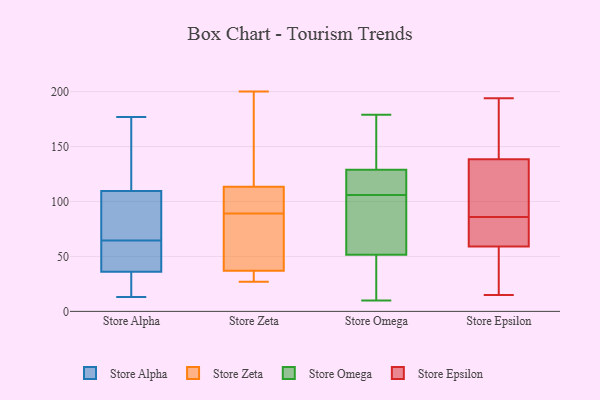
{"axis": {"x": "Net Income (USD K)", "y": "Value"}, "legend": ["Store Alpha", "Store Epsilon", "Store Omega", "Store Zeta"], "data": [{"x": "", "y": 49, "type": "Store Alpha"}, {"x": "", "y": 141, "type": "Store Alpha"}, {"x": "", "y": 104, "type": "Store Alpha"}, {"x": "", "y": 13, "type": "Store Alpha"}, {"x": "", "y": 50, "type": "Store Alpha"}, {"x": "", "y": 105, "type": "Store Alpha"}, {"x": "", "y": 64, "type": "Store Alpha"}, {"x": "", "y": 23, "type": "Store Alpha"}, {"x": "", "y": 65, "type": "Store Alpha"}, {"x": "", "y": 177, "type": "Store Alpha"}, {"x": "", "y": 21, "type": "Store Alpha"}, {"x": "", "y": 114, "type": "Store Alpha"}, {"x": "", "y": 56, "type": "Store Zeta"}, {"x": "", "y": 89, "type": "Store Zeta"}, {"x": "", "y": 90, "type": "Store Zeta"}, {"x": "", "y": 99, "type": "Store Zeta"}, {"x": "", "y": 43, "type": "Store Zeta"}, {"x": "", "y": 34, "type": "Store Zeta"}, {"x": "", "y": 27, "type": "Store Zeta"}, {"x": "", "y": 52, "type": "Store Zeta"}, {"x": "", "y": 200, "type": "Store Zeta"}, {"x": "", "y": 100, "type": "Store Zeta"}, {"x": "", "y": 128, "type": "Store Zeta"}, {"x": "", "y": 118, "type": "Store Zeta"}, {"x": "", "y": 29, "type": "Store Zeta"}, {"x": "", "y": 128, "type": "Store Zeta"}, {"x": "", "y": 35, "type": "Store Zeta"}, {"x": "", "y": 106, "type": "Store Omega"}, {"x": "", "y": 71, "type": "Store Omega"}, {"x": "", "y": 45, "type": "Store Omega"}, {"x": "", "y": 179, "type": "Store Omega"}, {"x": "", "y": 132, "type": "Store Omega"}, {"x": "", "y": 114, "type": "Store Omega"}, {"x": "", "y": 10, "type": "Store Omega"}, {"x": "", "y": 92, "type": "Store Omega"}, {"x": "", "y": 178, "type": "Store Omega"}, {"x": "", "y": 24, "type": "Store Omega"}, {"x": "", "y": 120, "type": "Store Omega"}, {"x": "", "y": 15, "type": "Store Epsilon"}, {"x": "", "y": 125, "type": "Store Epsilon"}, {"x": "", "y": 158, "type": "Store Epsilon"}, {"x": "", "y": 56, "type": "Store Epsilon"}, {"x": "", "y": 194, "type": "Store Epsilon"}, {"x": "", "y": 69, "type": "Store Epsilon"}, {"x": "", "y": 152, "type": "Store Epsilon"}, {"x": "", "y": 50, "type": "Store Epsilon"}, {"x": "", "y": 62, "type": "Store Epsilon"}, {"x": "", "y": 99, "type": "Store Epsilon"}, {"x": "", "y": 106, "type": "Store Epsilon"}, {"x": "", "y": 73, "type": "Store Epsilon"}]}